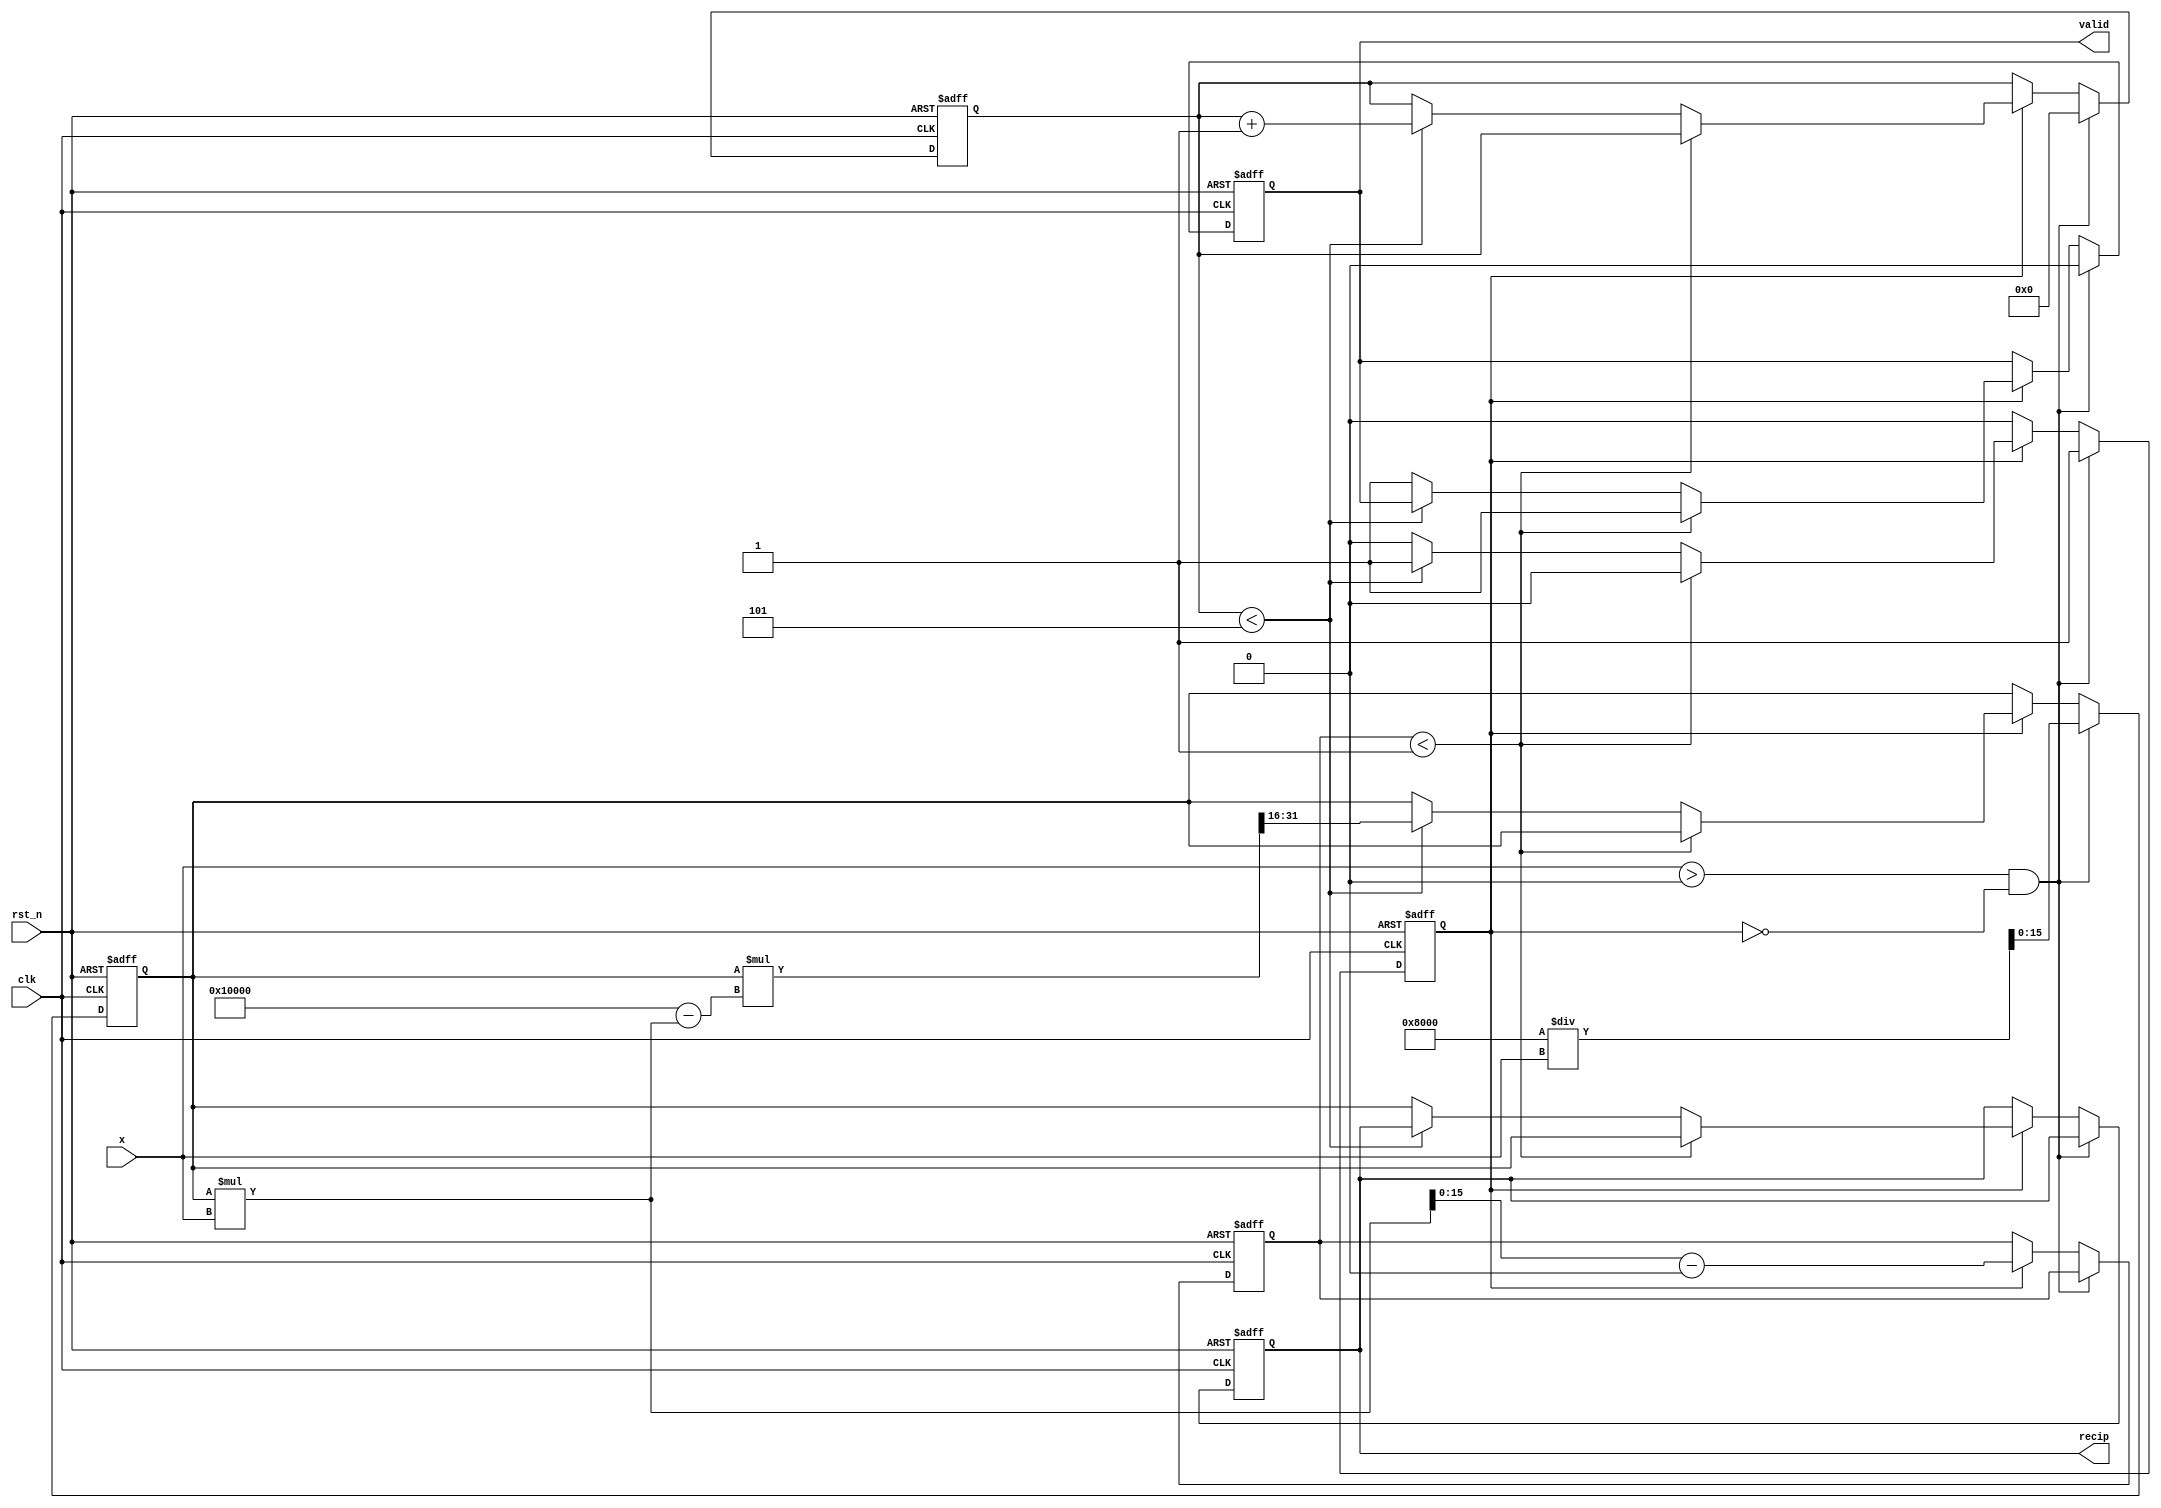
module iterative_reciprocal #(
    parameter N = 16,                  // Number of bits for input/output
    parameter MAX_ITER = 5,            // Maximum number of iterations
    parameter THRESHOLD = 16'h0001     // Convergence threshold
)(
    input wire clk,                    // Clock signal
    input wire rst_n,                  // Active low reset
    input wire [N-1:0] x,              // Input value
    output reg [N-1:0] recip,          // Computed reciprocal
    output reg valid                   // Output valid signal
);

    reg [N-1:0] current_guess;         // Current guess for reciprocal
    reg [N-1:0] error;                 // Error between 1 and (x * current_guess)
    reg [3:0] iteration_count;          // Iteration counter
    reg computing;                      // Flag to indicate computation state

    // Initial guess calculation (approximation)
    function [N-1:0] initial_guess;
        input [N-1:0] x;
        begin
            // Simple approximation: 1/x can be approximated by shifting
            initial_guess = (1 << (N-1)) / x; // 2^(N-1) / x
        end
    endfunction

    always @(posedge clk or negedge rst_n) begin
        if (!rst_n) begin
            recip <= 0;
            valid <= 0;
            current_guess <= 0;
            error <= 0;
            iteration_count <= 0;
            computing <= 0;
        end else begin
            if (x > 0 && !computing) begin
                // Start computation
                current_guess <= initial_guess(x);
                iteration_count <= 0;
                computing <= 1;
                valid <= 0;
            end else if (computing) begin
                // Compute x * current_guess
                error <= (current_guess * x) - (1 << N); // Calculate the error (current_guess * x - 1)

                // Check convergence
                if (error < THRESHOLD) begin
                    recip <= current_guess;  // Assign the final guess to the output
                    valid <= 1;              // Set valid high
                    computing <= 0;          // Stop computation
                end else if (iteration_count < MAX_ITER) begin
                    // Update guess using Newton-Raphson
                    current_guess <= current_guess * ( (1 << N) - (current_guess * x) ) >> N; // new_guess = current_guess * (2 - x * current_guess)
                    iteration_count <= iteration_count + 1; // Increment the iteration count
                end else begin
                    recip <= current_guess; // Assign current guess if max iterations reached
                    valid <= 1;             // Set valid high
                    computing <= 0;         // Stop computation
                end
            end
        end
    end
endmodule